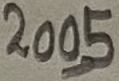
Text: 2005